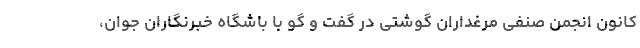
کانون انجمن صنفی مرغداران گوشتی در گفت و گو با باشگاه خبرنگاران جوان،